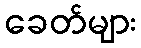
ခေတ်များ